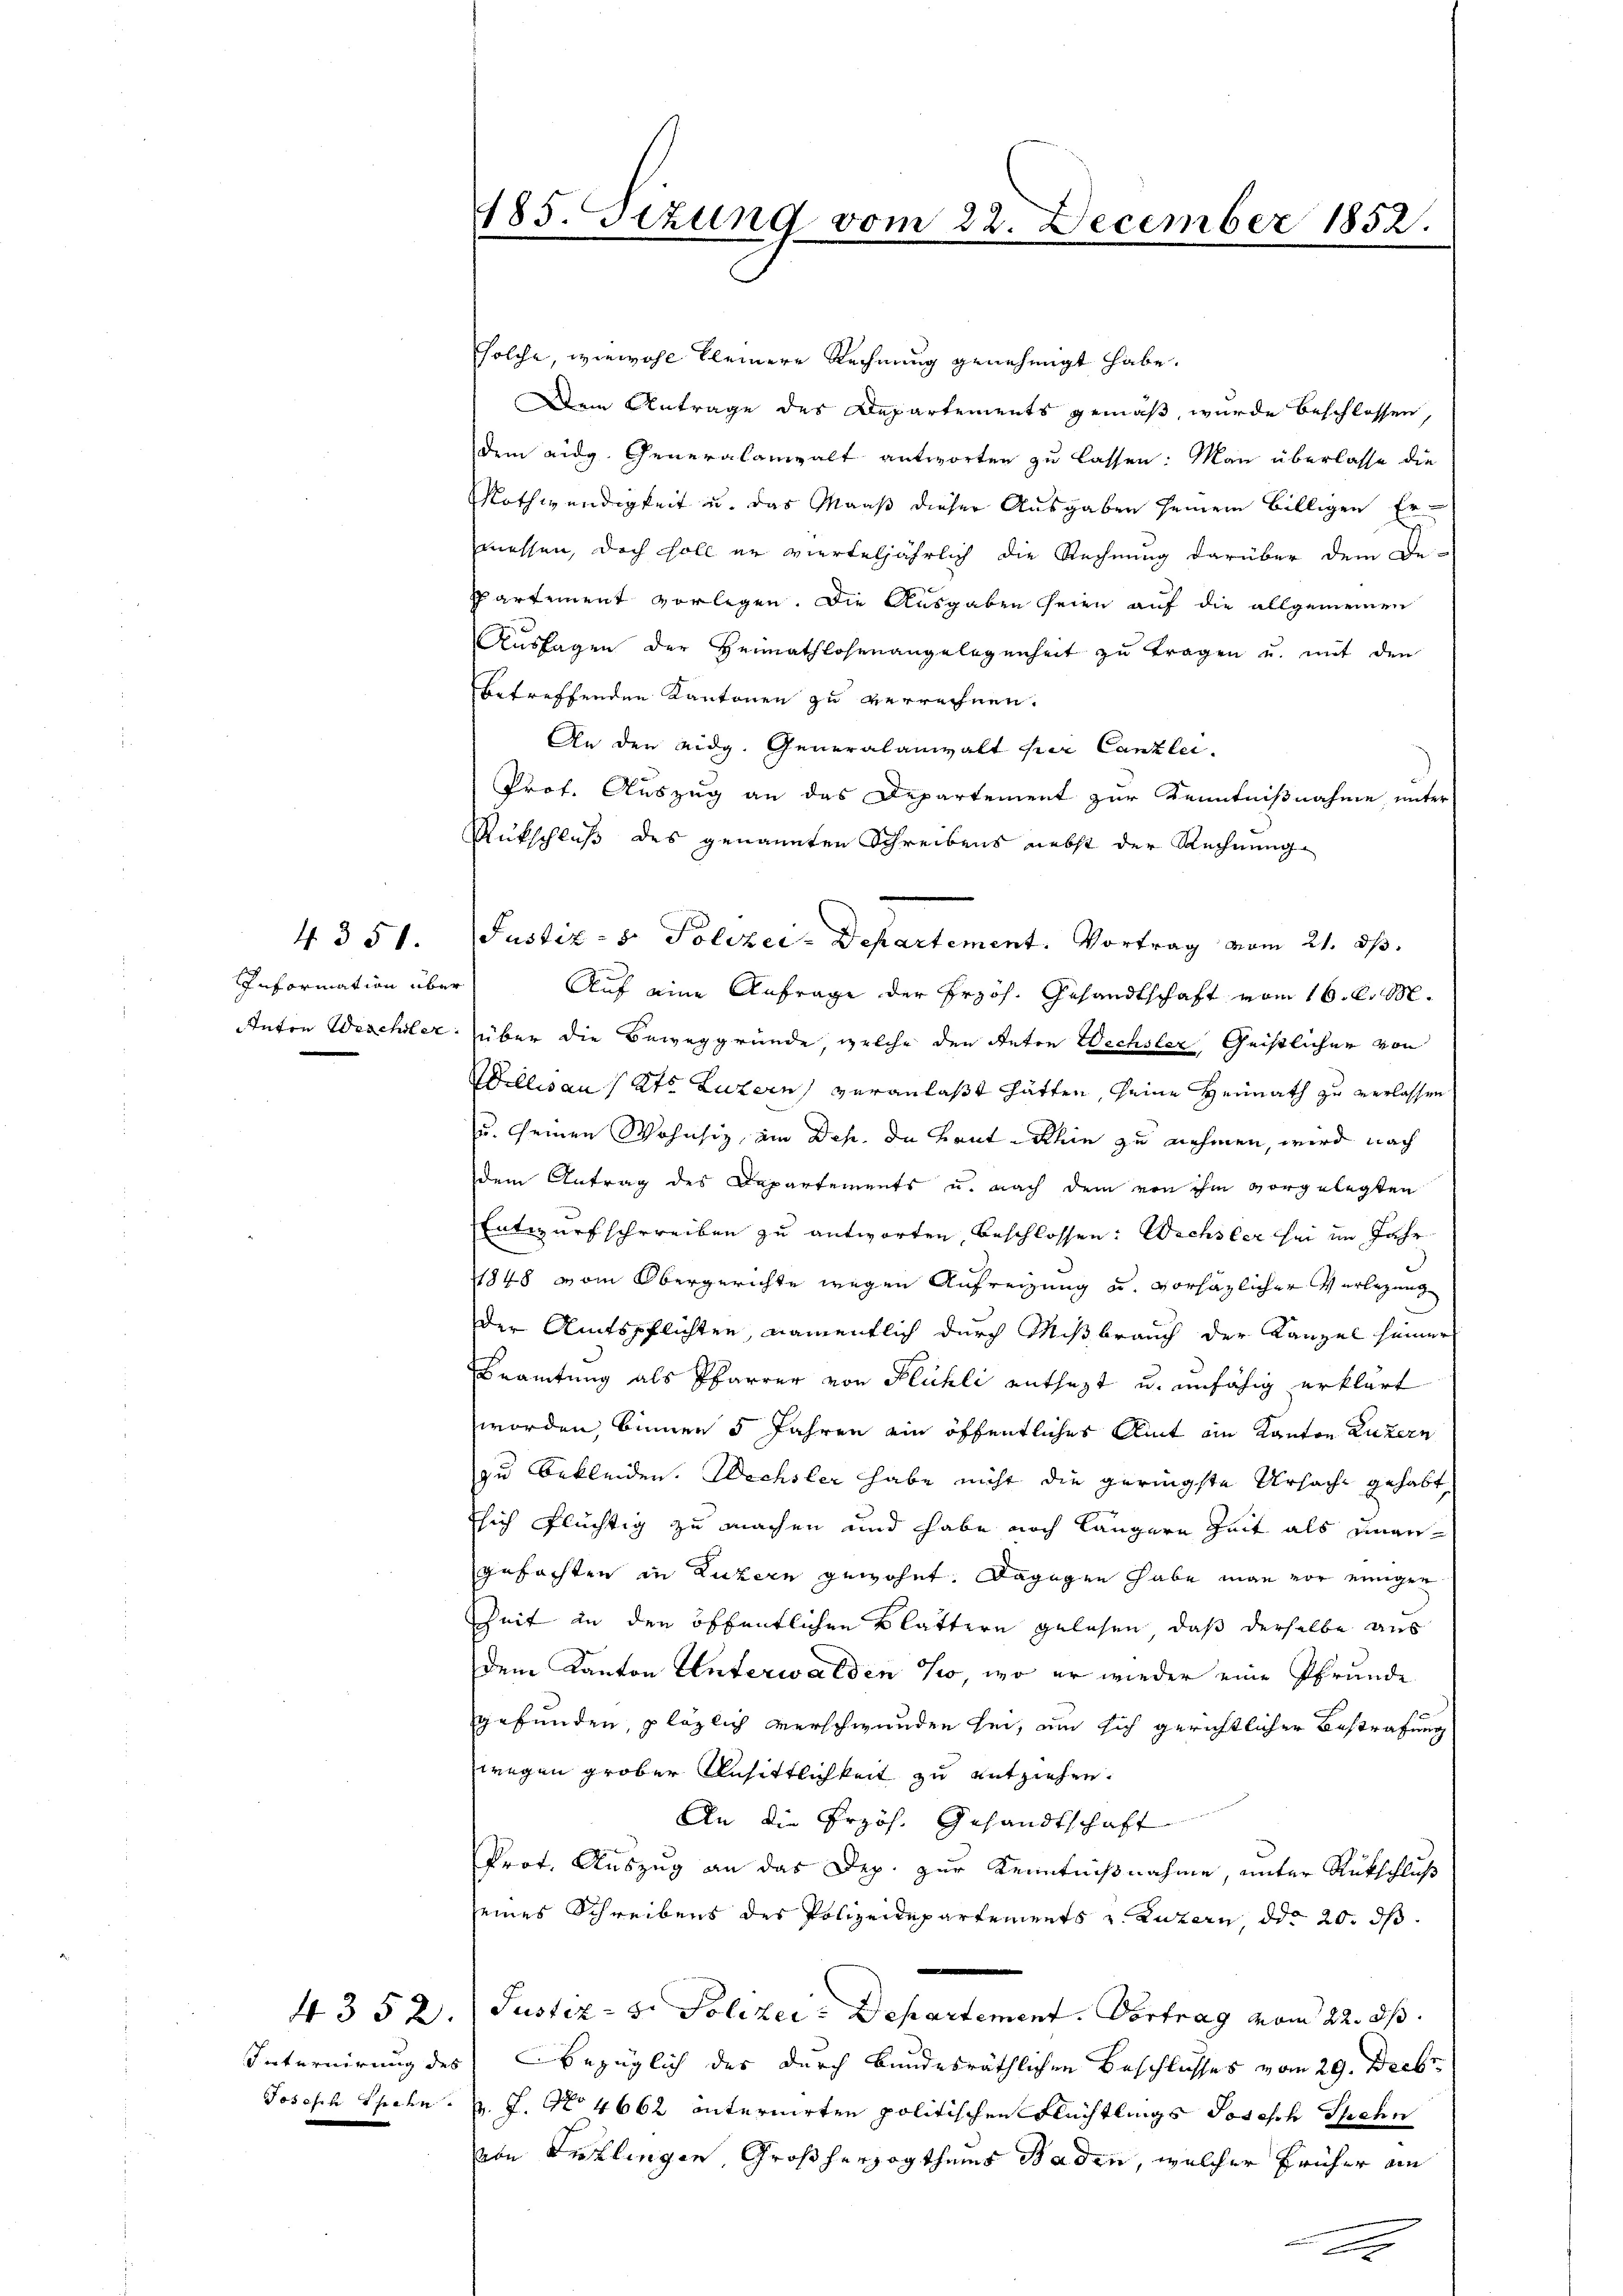
4351.
Information über
Anton Waschsler.

4352.
Joseph Spahn

185. Sitzung vom 22. December 1852.

solche, wiewohl kleinere Rechnung genehmigt habe.
Dein Antrage des Departements gemäß, wurde beschlossen,
dem eidg. Generalanwalt antworten zu lassen: Man überlasse die
Nothwendigkeit u. das Maaß dieser Ausgaben seinem billigen Ermessen, doch soll er vierteljährlich die Rechnung darüber dem Be-
Partement vorlegen. Die Ausgaben seien auf die allgemeinen
Aussagen der Heimathlosenangelegenheit zu tragen u. mit den
betreffenden Kantonen zu verrechnen.
An den eidg. Generalanwalt der Canzlei.
Prof. Auszug an das Departement zur Kenntnißnahme, unter
Rutschluß des genannten Schreibens nebst der Rechnung
Auf eine Anfrage der Erzoh. Gesandtschaft vom 16. d. M.
über die Beweggründe, welche den Reten Wechsler Geistlicher von
Wollisau Kts. Luzern, veranlaßt hätten, seine Heimath zu verlassen
u. seinen Wohnsiz am Dep. die Haut-Rhin zu nehmen, wird nach
dem Antrag des Departements u. nach dem von ihm vorgelegten
Entwurf schreiben zu antworten, beschlossen: Wechsler sei im Jahr
1848 vom Obergerichte wegen Aufreizung u. vorhäzlicher Verlegung
der Amtspflichten, namentlich durch Mißbrauch der Kanzel seiner
Beamtung als Pfarrer von Flühli enthezt u. unfähig erklärt
worden, binnen 5 Jahren ein öffentliches Amt ein Kanton Luzern
zu bekleiden. Wechsler habe nicht die geringste Ursache gehabt,
Esich flüchtig zu machen und habe noch längere Zeit als eingegefochten in Luzern gewohnt. Dagegen habe man vor einigen
Zeit in den öffentlichen Blättern gelesen, daß derselbe aus
dem Kanton Unterwalden so, wo er wieder eine Pfrunde
gefunden, pläzlich verschwunden sei, um sich gerichtlicher Bestrafung
wegen grober Ansittlichkeit zu entziehen.
An die Przös. Gesandtschaft
Prof. Auszug an das Dep. zur Kenntnißnahme, unter Rückschluß
seines Schreibens der Polizeidepartements u Untern, der 20. ds

Justiz- & Polizei- Departement. Vortrag vom 22. ds.
Internirung des bezüglich des durch Bundesräthlichen Beschlusses vom 29. Decbr
v. J. No 4662 internirten politischen Flüchtlings Joseph Schn
von Anliegen, Großherzogthums Schaden, welcher früher an
.

Justiz- 8. Polizei-Departement. Vortrag vom 21. ds.